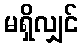
မရှိလျှင်